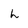
Character: h